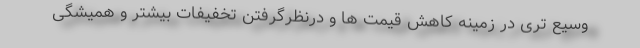
وسیع تری در زمینه کاهش قیمت ها و درنظرگرفتن تخفیفات بیشتر و همیشگی